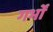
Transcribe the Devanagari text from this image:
गर्भों